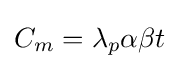
C_{m}=\lambda _{p}\alpha \beta t